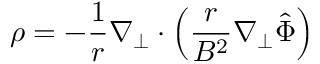
\rho = - \frac { 1 } { r } \nabla _ { \perp } \cdot \left( \frac { r } { B ^ { 2 } } \nabla _ { \perp } \hat { \Phi } \right)